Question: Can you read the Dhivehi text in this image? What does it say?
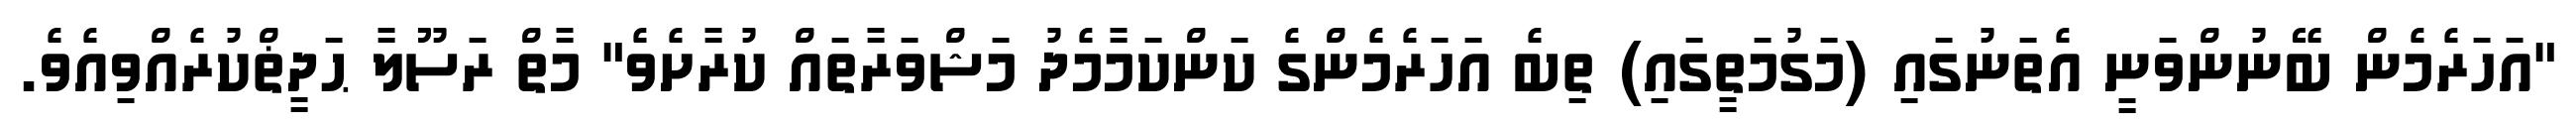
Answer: "އަހަރެމެން ބޭނުންވަނީ އެތަނުގައި (މަގުމަތީގައި) ތިބެ އަހަރެމެންގެ ކަންކަމާމެދު މަޝްވަރާތައް ކުރާށެވެ" މާތް ރަސޫލާ ޙަދީޡްކުރެއްވިއެވެ.